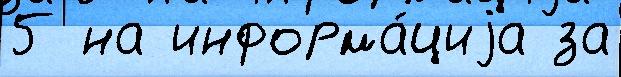
5 на информа́циjа за